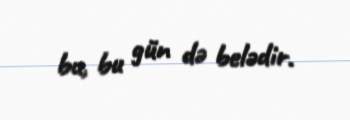
bu, bu gün də belədir.